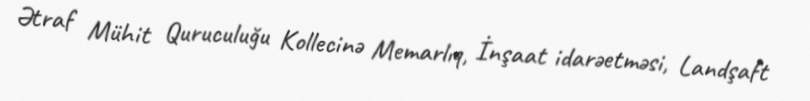
Ətraf Mühit Quruculuğu Kollecinə Memarlıq, İnşaat idarəetməsi, Landşaft